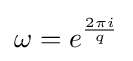
\omega =e^{\frac {2\pi i}{q}}